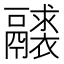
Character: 𩱘